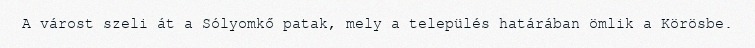
A várost szeli át a Sólyomkő patak, mely a település határában ömlik a Körösbe.